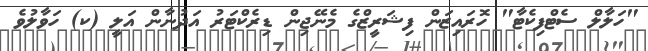
"ހަލާލް ސެޓްފިކެޓާ" ހޮރައިޒަން ފިޝަރީޒްގެ މެނޭޖިން ޑިރެކްޓަރު އަދުނާން އަލީ (ކ) ހަވާލުވެ